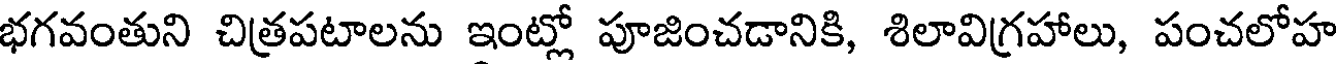
భగవంతుని చిత్రపటాలను ఇంట్లో పూజించడానికి, శిలావిగ్రహాలు, పంచలోహ